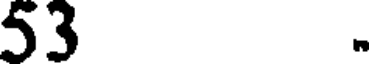
53 .